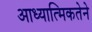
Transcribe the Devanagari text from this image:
आध्यात्मिकतेने